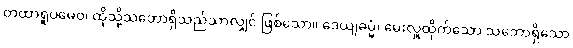
တထာရူပမေဝ၊ ထိုသို့သဘောရှိသည်သာလျှင် ဖြစ်သော။ ဒေယျဓမ္မံ၊ မေးလှူထိုက်သော သဘောရှိသော